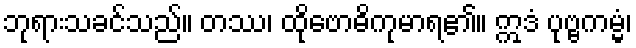
ဘုရားသခင်သည်။ တဿ၊ ထိုဗောဓိကုမာရ၏။ ဣဒံ ပုဗ္ဗကမ္မံ၊